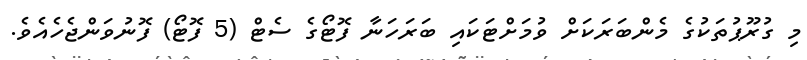
މި ގުރޫޕުތަކުގެ މެންބަރަކަށް ވުމަށްޓަކައި ބަރަހަނާ ފޮޓޯގެ ސެޓް (5 ފޮޓޯ) ފޮނުވަންޖެހެއެވެ.